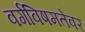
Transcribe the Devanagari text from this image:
वर्गविषमतेवर